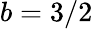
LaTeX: b=3/2